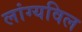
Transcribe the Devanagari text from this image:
लांग्यविल